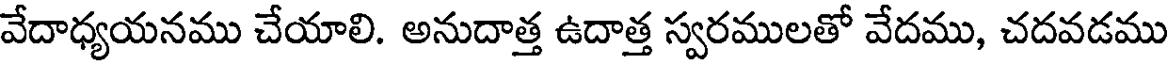
వేదాధ్యయనము చేయాలి. అనుదాత్త ఉదాత్త స్వరములతో వేదము, చదవడము